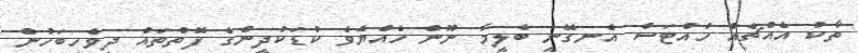
ތާކު އެއްޗެއް ހުއްޓަސް އެނގޭނީ ބެލީމާ ނޫން ހެއްޔެވެ ކުޑަކުދީންގެ ފޮތްތައް ދިވެހިބަހުން